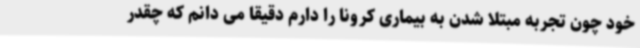
خود چون تجربه مبتلا شدن به بیماری کرونا را دارم دقیقا می دانم که چقدر